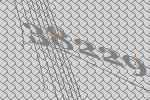
38229